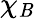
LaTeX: \chi_{\mathit{B}}